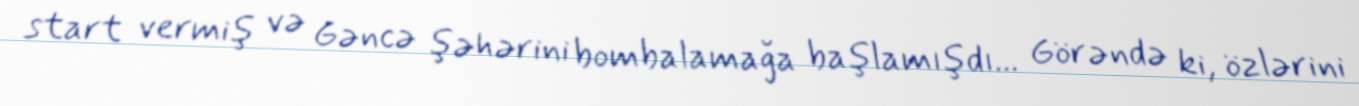
start vermiş və Gəncə şəhərini bombalamağa başlamışdı... Görəndə ki, özlərini